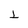
Character: L